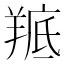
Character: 𮊭